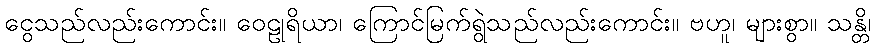
ငွေသည်လည်းကောင်း။ ဝေဠုရိယာ၊ ကြောင်မြက်ရွဲသည်လည်းကောင်း။ ဗဟူ၊ များစွာ။ သန္တိ၊